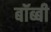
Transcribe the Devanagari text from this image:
बॉब्बी